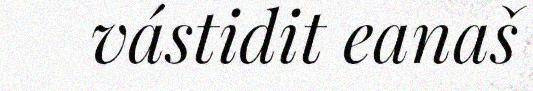
vástidit eanaš